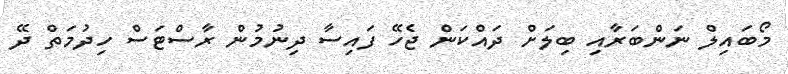
މޯބައިލް ނަންބަރާއި ބިލަށް ދައްކަން ޖެހޭ ފައިސާ ދިނުމުން ރާސްޓަސް ހިދުމަތް ދޭ